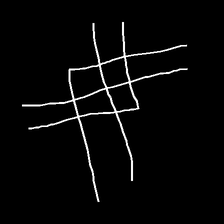
Glyph: crystal